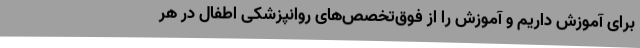
برای آموزش داریم و آموزش را از فوق‌تخصص‌های روانپزشکی اطفال در هر